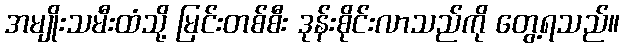
အမျိုးသမီးထံသို့ မြင်းတစ်စီး ဒုန်းစိုင်းလာသည်ကို တွေ့ရသည်။